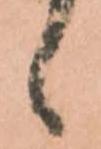
候